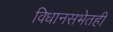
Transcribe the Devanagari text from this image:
विधानसभेतही